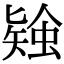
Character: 𧎃